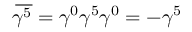
\overline { { \! { \gamma ^ { 5 } } } } = \gamma ^ { 0 } \gamma ^ { 5 } \gamma ^ { 0 } = - \gamma ^ { 5 }